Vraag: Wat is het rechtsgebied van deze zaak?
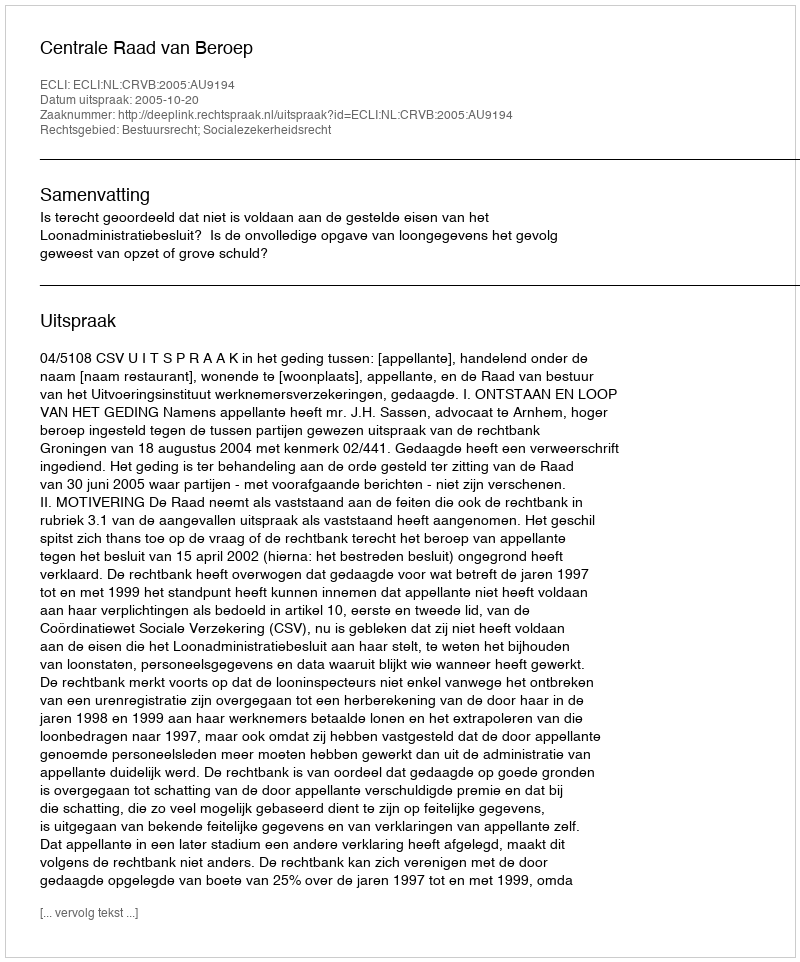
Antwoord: Bestuursrecht; Socialezekerheidsrecht